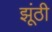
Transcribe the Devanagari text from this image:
झूंठी